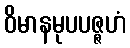
ဝိမာနမုပပဇ္ဇဟံ